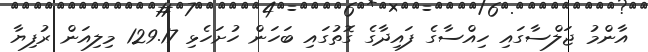
އާންމު ޖަލްސާގައި ހިއްސާގެ ފައިދާގެ ގޮތުގައި ބަހަން ހުށަހެޅި 129.17 މިލިއަން ރުފިޔާ